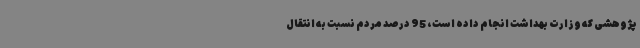
پژوهشی که وزارت بهداشت انجام داده است، 95 درصد مردم نسبت به انتقال